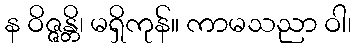
န ဝိဇ္ဇန္တိ၊ မရှိကုန်။ ကာမသညာ ဝါ၊